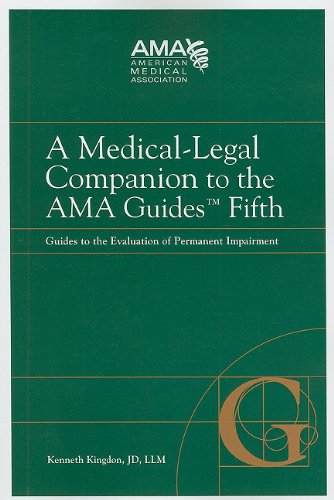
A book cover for A Medical-Legal Companion to the AMA Guides Fifth: Guides to the Evaluation of Permanent Impairment; Kenneth Kingdon; Law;